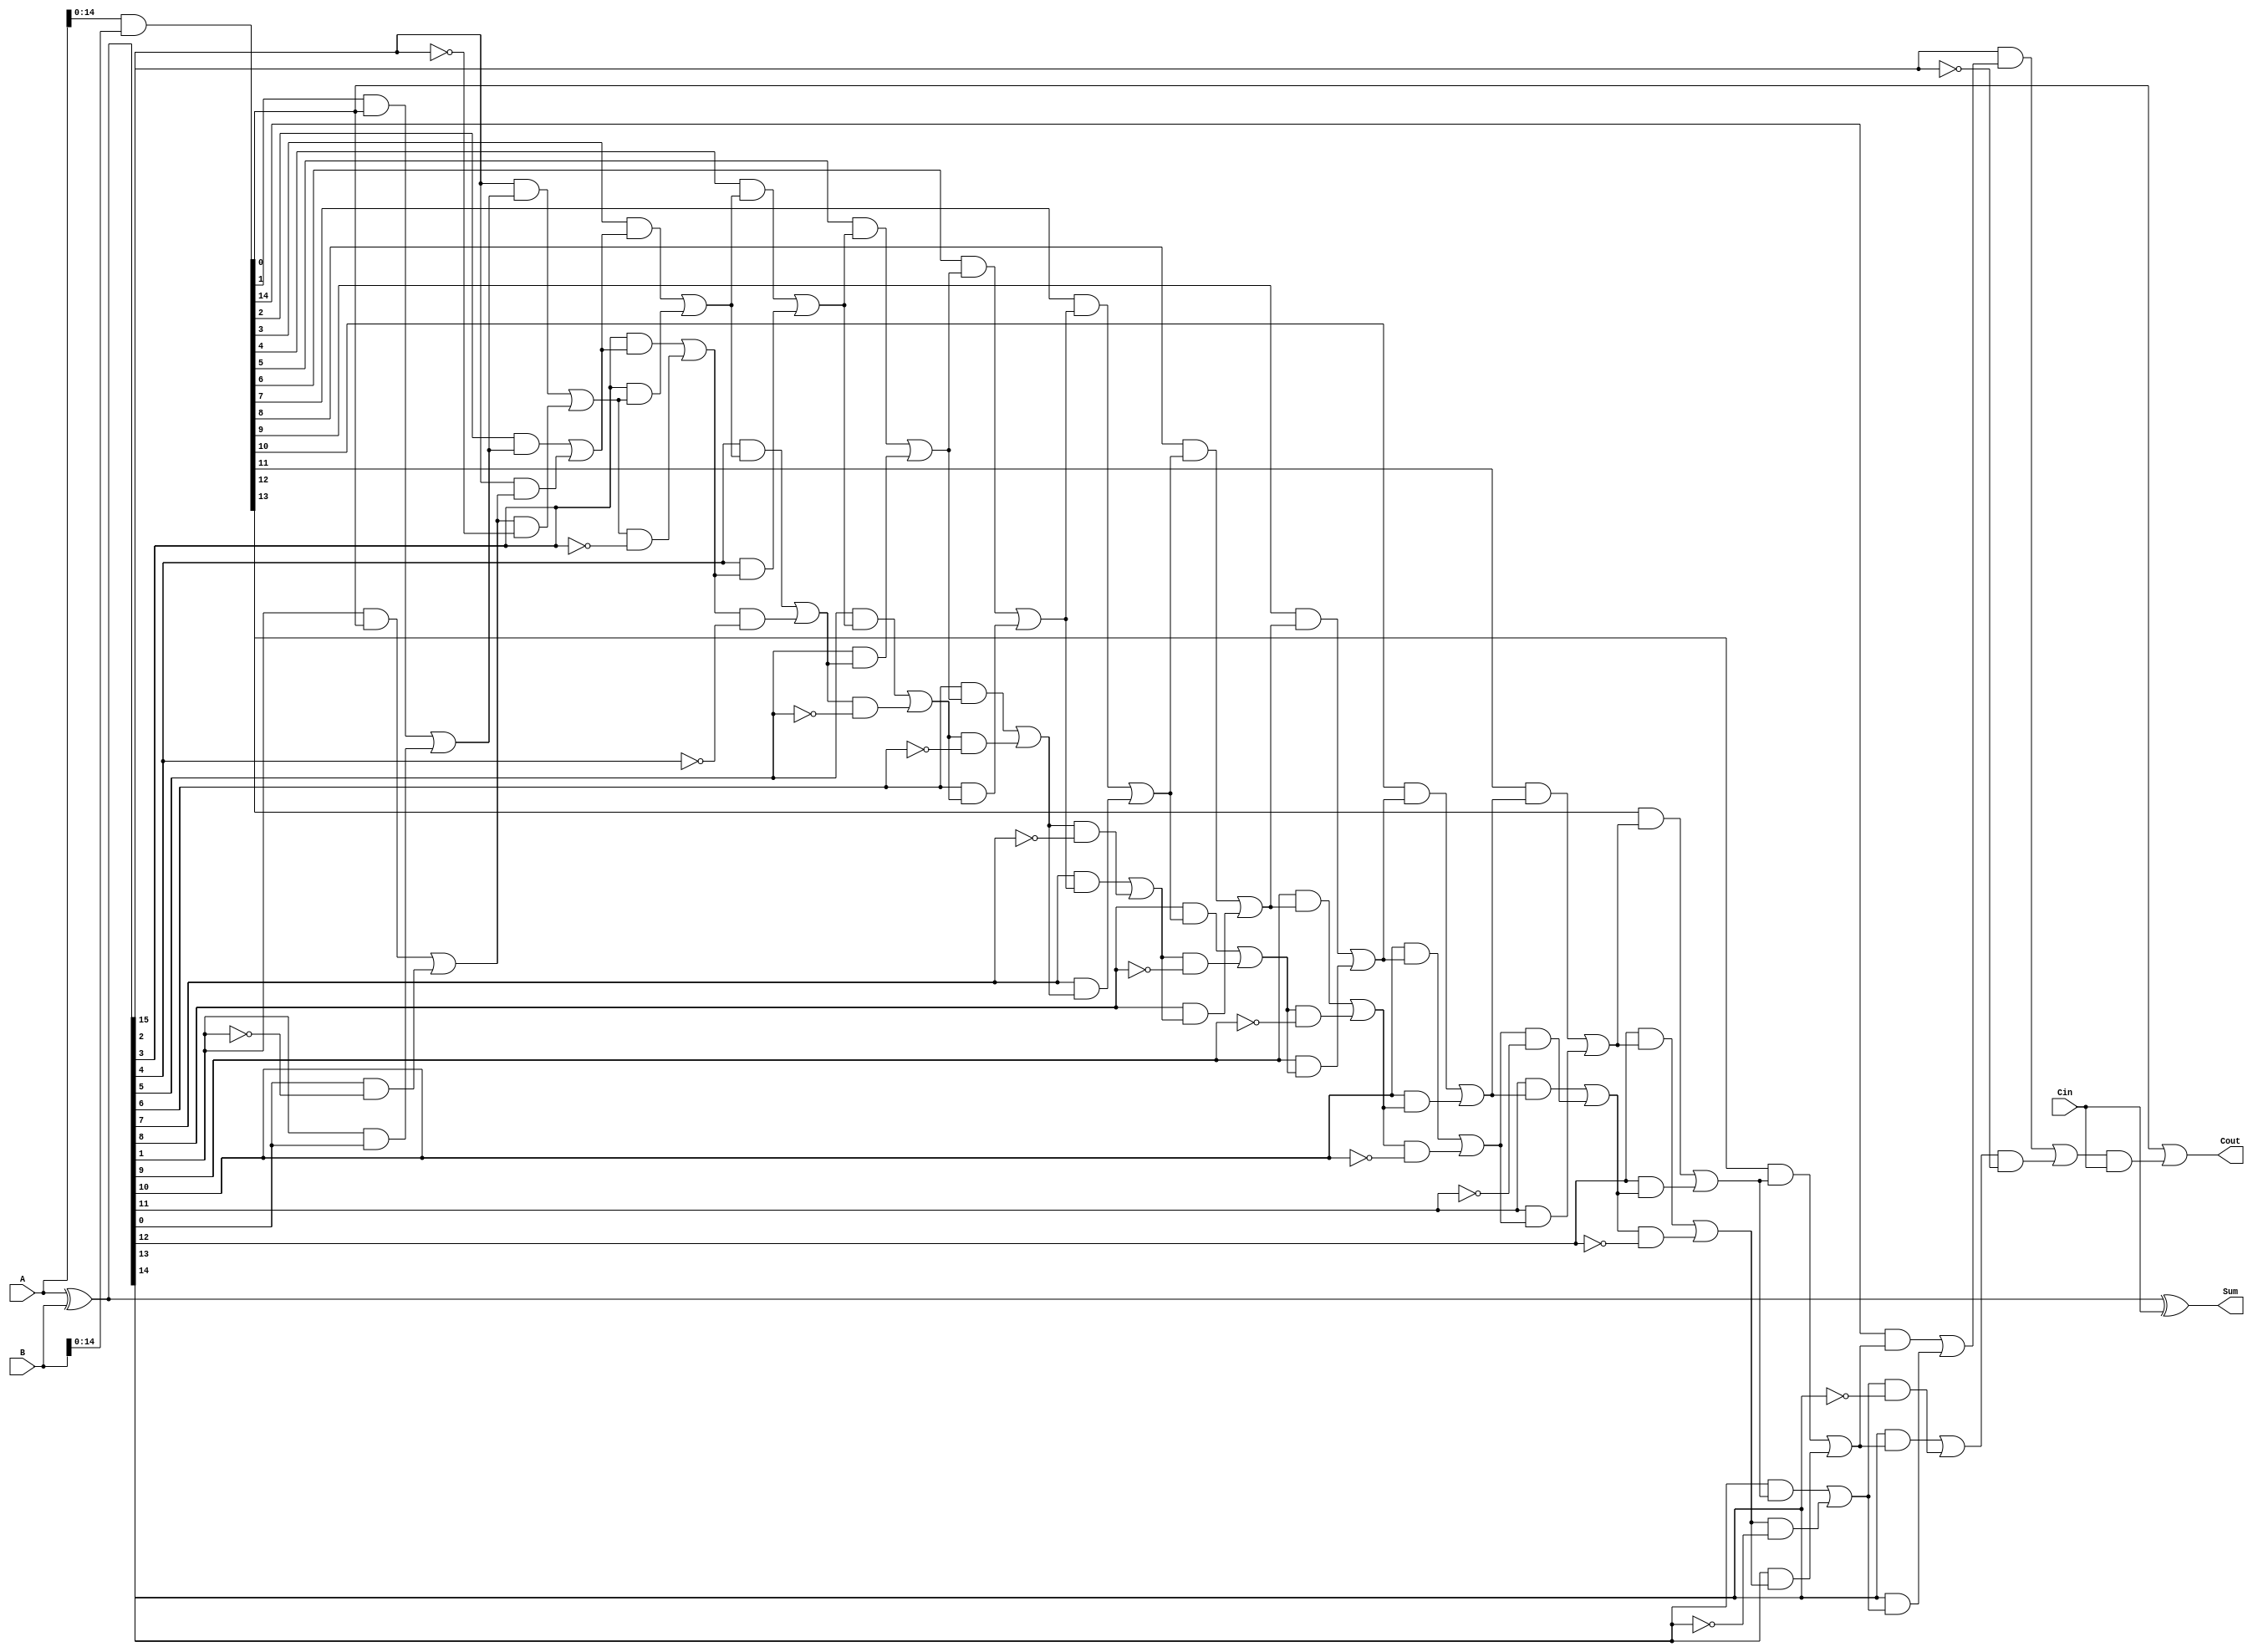
module brent_kung_adder (
    input [15:0] A,
    input [15:0] B,
    input Cin,
    output [15:0] Sum,
    output Cout
);

wire [15:0] p, g;
wire [15:0] d, e;

assign p = A ^ B;
assign g = A & B;

assign d[0] = p[0];
assign e[0] = g[0];

genvar i;
generate
    for (i = 1; i < 16; i = i + 1) begin
        assign d[i] = (p[i] & e[i-1]) | (d[i-1] & ~p[i]);
        assign e[i] = (g[i] & e[i-1]) | (p[i] & d[i-1]);
    end
endgenerate

assign Sum = p ^ Cin;
assign Cout = g | (d[15] & Cin);

endmodule